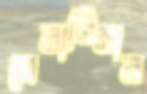
সেনাবিমান